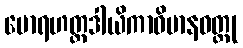
မောရဟတ္ထဒါယိကာဝိမာနဝတ္ထု